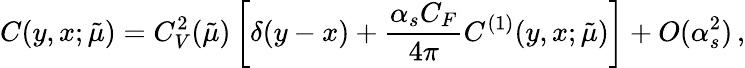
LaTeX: C(y,x;\tilde{\mu})=C_{V}^{2}(\tilde{\mu})\left[\delta(y-x)+{\frac{\alpha_{s}C_{F}}{4\pi}}C^{(1)}(y,x;\tilde{\mu})\right]+O(\alpha_{s}^{2})\, ,